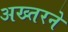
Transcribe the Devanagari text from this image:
अख्तरने